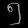
Digit: ၅